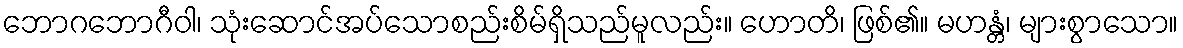
ဘောဂဘောဂီဝါ၊ သုံးဆောင်အပ်သောစည်းစိမ်ရှိသည်မူလည်း။ ဟောတိ၊ ဖြစ်၏။ မဟန္တံ၊ များစွာသော။